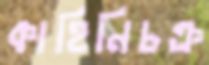
কাহিনিচক্র